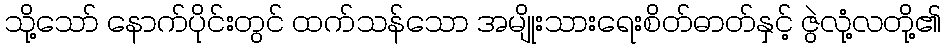
သို့သော် နောက်ပိုင်းတွင် ထက်သန်သော အမျိုးသားရေးစိတ်ဓာတ်နှင့် ဇွဲလုံ့လတို့၏